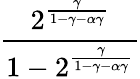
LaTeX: \frac{2^{\frac{\gamma}{1-\gamma-\alpha\gamma}}}{1-2^{\frac{\gamma}{1-\gamma-\alpha\gamma}}}